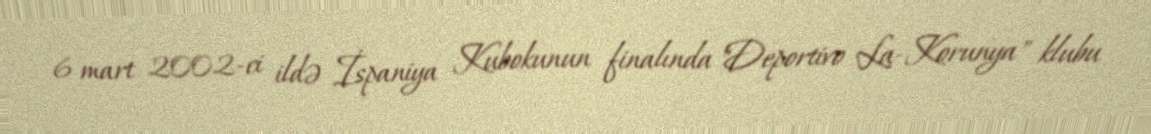
6 mart 2002-ci ildə İspaniya Kubokunun finalında "Deportivo La-Korunya" klubu